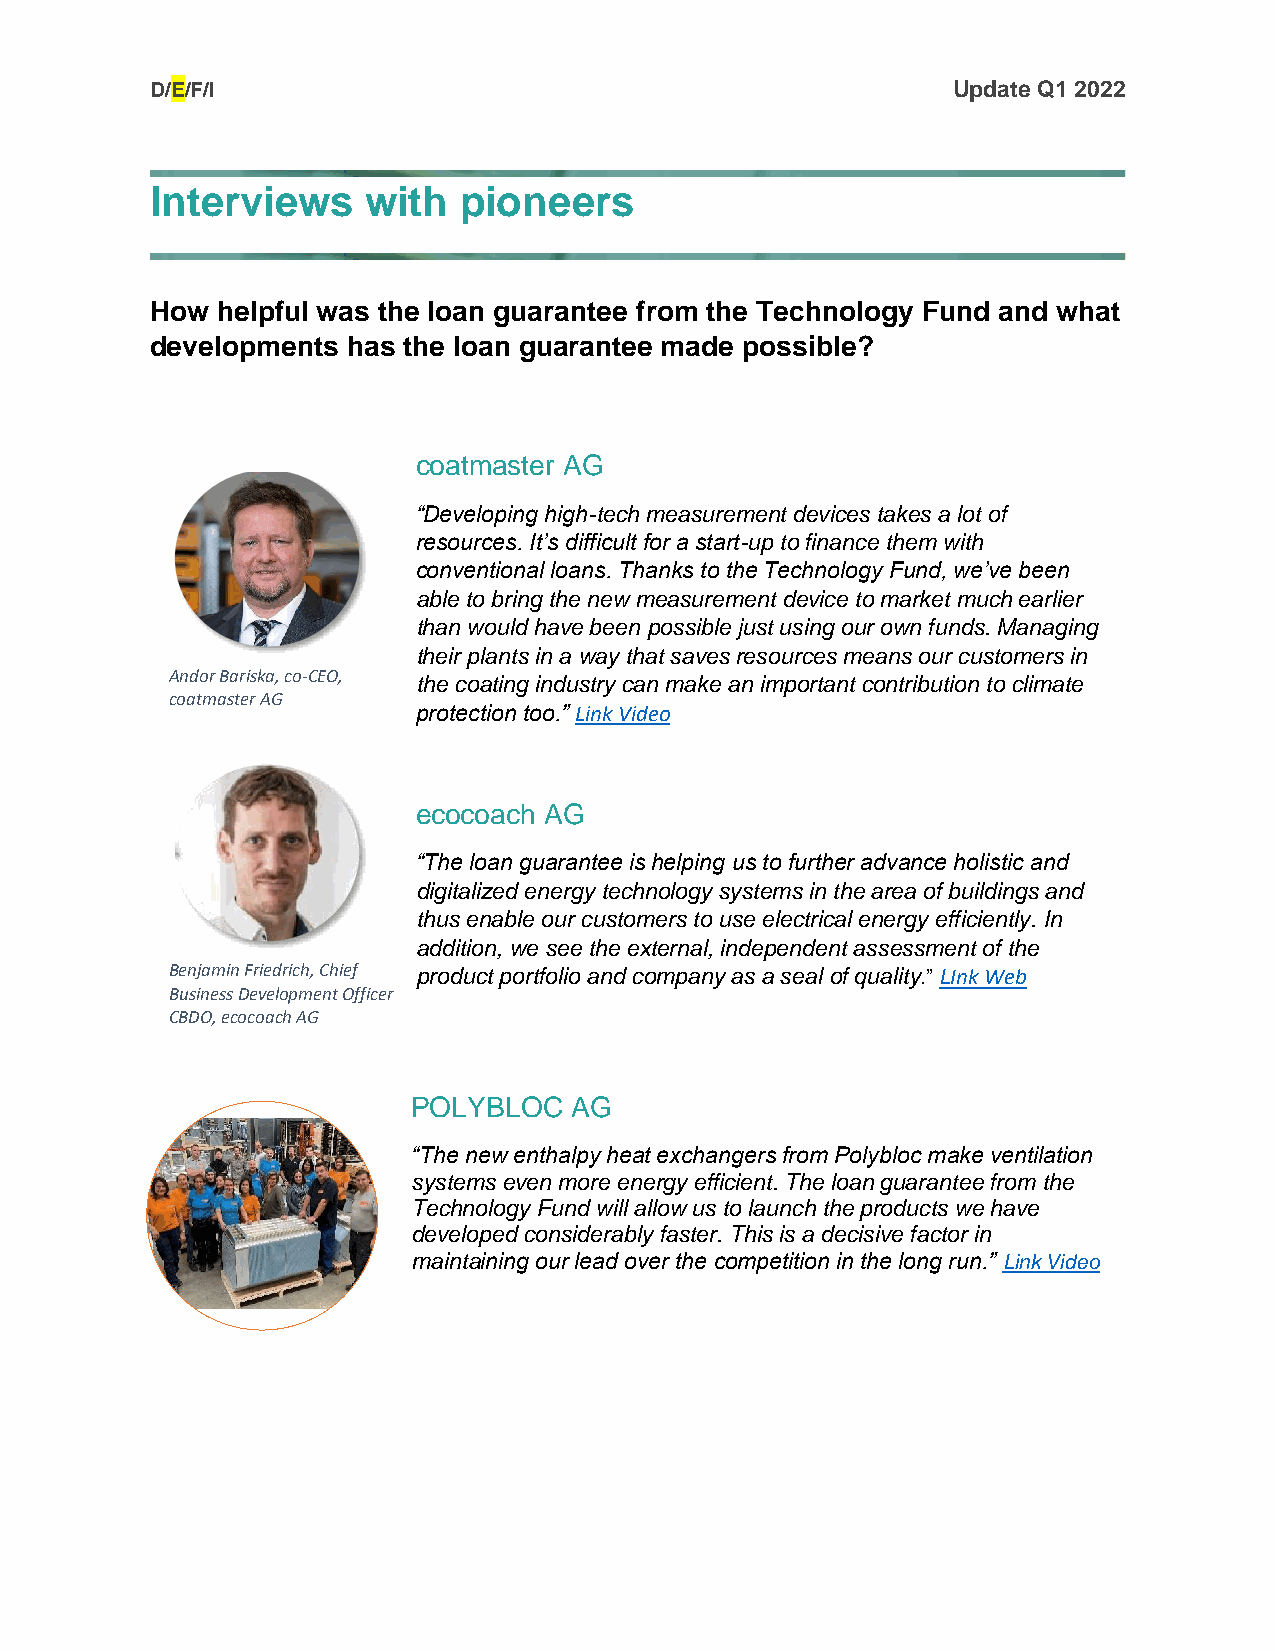
D/E/F/I                                              Update Q1 2022
 Interviews    with  pioneers
 How helpful was the loan guarantee from the Technology Fund and what
 developments has the loan guarantee made possible?
 coatmaster AG
 “Developing high-tech measurement devices takes a lot of
 resources. It’s difficult for a start-up to finance them with
 conventional loans. Thanks to the Technology Fund, we’ve been
 able to bring the new measurement device to market much earlier
 than would have been possible just using our own funds. Managing
 their plants in a way that saves resources means our customers in
 Andor Bariska, co-CEO,
 the coating industry can make an important contribution to climate
 coatmaster AG
 protection too.” Link Video
 ecocoach AG
 “The loan guarantee is helping us to further advance holistic and
 digitalized energy technology systems in the area of buildings and
 thus enable our customers to use electrical energy efficiently. In
 addition, we see the external, independent assessment of the
 Benjamin Friedrich, Chief product portfolio and company as a seal of quality.” LInk Web
 Business Development Officer
 CBDO, ecocoach AG
 POLYBLOC   AG
 “The new enthalpy heat exchangers from Polybloc make ventilation
 systems even more energy efficient. The loan guarantee from the
 Technology Fund will allow us to launch the products we have
 developed considerably faster. This is a decisive factor in
 maintaining our lead over the competition in the long run.” Link Video